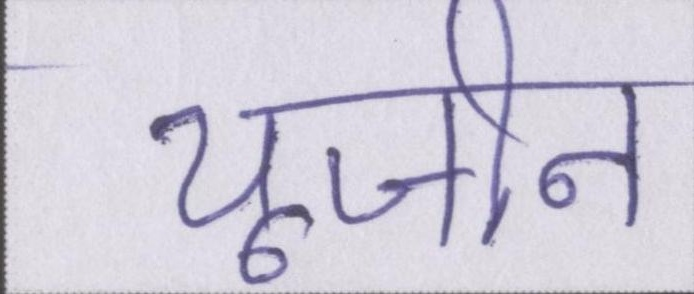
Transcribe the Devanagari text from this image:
यूजीन